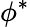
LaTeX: \phi^{*}